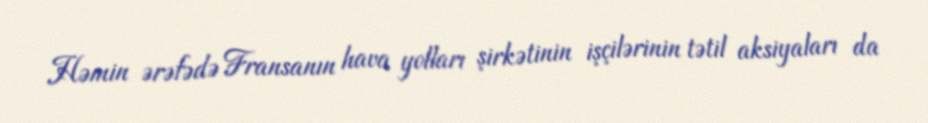
Həmin ərəfədə Fransanın hava yolları şirkətinin işçilərinin tətil aksiyaları da